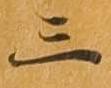
三